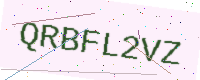
Text: QRBFL2VZ